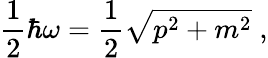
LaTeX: \frac{1}{2}\hbar\omega=\frac{1}{2}\sqrt{p^{2}+m^{2}}\; ,